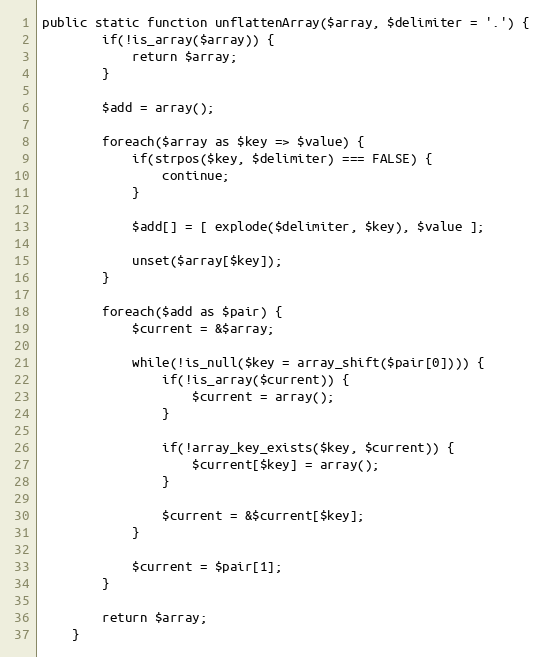
Language: PHP
public static function unflattenArray($array, $delimiter = '.') {
        if(!is_array($array)) {
            return $array;
        }

        $add = array();

        foreach($array as $key => $value) {
            if(strpos($key, $delimiter) === FALSE) {
                continue;
            }

            $add[] = [ explode($delimiter, $key), $value ];

            unset($array[$key]);
        }

        foreach($add as $pair) {
            $current = &$array;

            while(!is_null($key = array_shift($pair[0]))) {
                if(!is_array($current)) {
                    $current = array();
                }

                if(!array_key_exists($key, $current)) {
                    $current[$key] = array();
                }

                $current = &$current[$key];
            }

            $current = $pair[1];
        }

        return $array;
    }